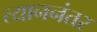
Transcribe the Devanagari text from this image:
त्याननंतर